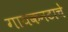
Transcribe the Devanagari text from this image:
गायकनटाचे